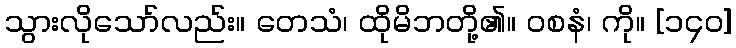
သွားလိုသော်လည်း။ တေသံ၊ ထိုမိဘတို့၏။ ဝစနံ၊ ကို။ [၁၄၀]